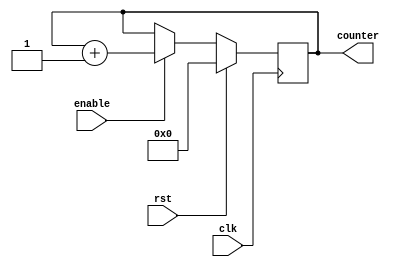
module reset_condition_example (
    input wire clk,          // Clock signal
    input wire rst,          // Active-high reset signal
    input wire enable,       // Enable signal for normal operation
    output reg [7:0] counter // 8-bit counter output
);

// Initial state of the counter
initial begin
    counter = 8'b0; // Initialize counter to zero
end

// Synchronous reset logic
always @(posedge clk) begin
    if (rst) begin
        // Reset condition: set counter to initial value
        counter <= 8'b0; // Reset counter to zero
    end else if (enable) begin
        // Normal operation: increment counter
        counter <= counter + 1;
    end
end

endmodule